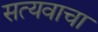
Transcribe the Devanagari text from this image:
सत्यवाचा